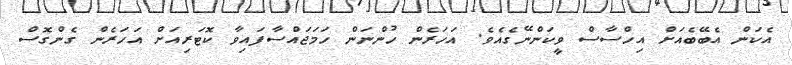
އެކަން އެބޭބެއަަށް އިހްސާސް ވީކަންނޭގެއެވެ. އަހަރެން ހުންނަން ހަމަޖައްސާފައިވާ ކޮޓަރިއަށް އަހަރެން ގެންގޮސް